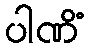
ပါဏိံ